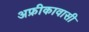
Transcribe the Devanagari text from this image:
अफ्रीकावासी